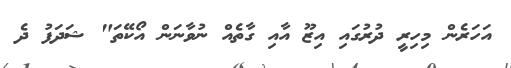
އަހަރެން މިހިރީ ދުރުގައި އިޒޫ އާއި ގާތެއް ނުވާނަން އޯކޭތަ" ޝަދަފު ދެ